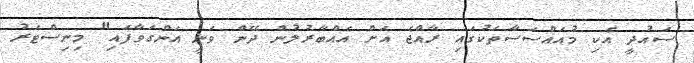
ސައުދީ އެކި މުއައްސަސާތަކުގައި ރާއްޖެ އަށް އެއްބާރުލުން ދޭން ވަނީ އަންގަވާފައި" މިނިސްޓަރު